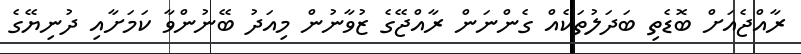
ރާއްޖެއަށް ބޮޑެތި ބަދަލުތަކެއް ގެންނަން ރާއްޖޭގެ ޒުވާނުން މިއަދު ބޭނުންވާ ކަމަށާއި ދުނިޔޭގެ